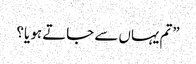
”تم یہاں سے جاتے ہو یا؟